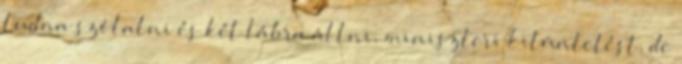
tudna szólalni és két lábra állni, miniszteri kitüntetést, de